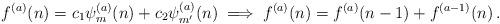
LaTeX: \begin{align*}f^{(a)}(n) = c_1 \psi_m^{(a)}(n) + c_2 \psi_{m'}^{(a)}(n) \implies f^{(a)}(n) = f^{(a)}(n-1) + f^{(a-1)}(n)\,.\end{align*}